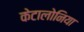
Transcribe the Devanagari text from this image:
केटालोनिया